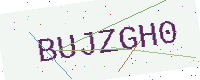
Text: BUJZGH0